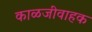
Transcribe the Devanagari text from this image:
काळजीवाहक